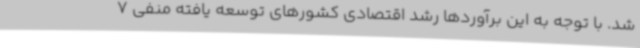
شد. با توجه به این برآوردها رشد اقتصادی کشورهای توسعه یافته منفی 7